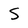
Character: S